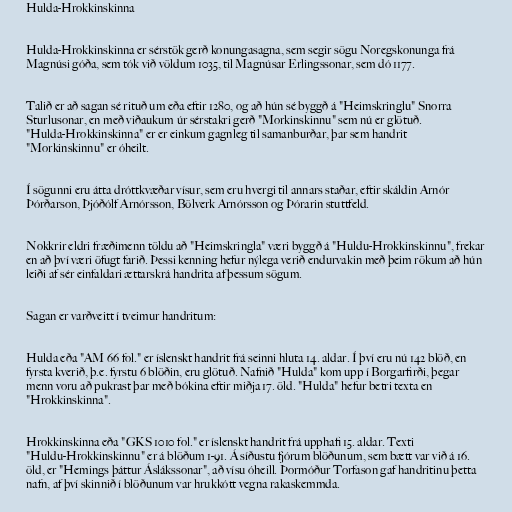
Hulda-Hrokkinskinna

Hulda-Hrokkinskinna er sérstök gerð konungasagna, sem segir sögu Noregskonunga frá
Magnúsi góða, sem tók við völdum 1035, til Magnúsar Erlingssonar, sem dó 1177.

Talið er að sagan sé rituð um eða eftir 1280, og að hún sé byggð á "Heimskringlu" Snorra
Sturlusonar, en með viðaukum úr sérstakri gerð "Morkinskinnu" sem nú er glötuð.
"Hulda-Hrokkinskinna" er er einkum gagnleg til samanburðar, þar sem handrit
"Morkinskinnu" er óheilt.

Í sögunni eru átta dróttkvæðar vísur, sem eru hvergi til annars staðar, eftir skáldin Arnór
Þórðarson, Þjóðólf Arnórsson, Bölverk Arnórsson og Þórarin stuttfeld.

Nokkrir eldri fræðimenn töldu að "Heimskringla" væri byggð á "Huldu-Hrokkinskinnu", frekar
en að því væri öfugt farið. Þessi kenning hefur nýlega verið endurvakin með þeim rökum að hún
leiði af sér einfaldari ættarskrá handrita af þessum sögum.

Sagan er varðveitt í tveimur handritum:

Hulda eða "AM 66 fol." er íslenskt handrit frá seinni hluta 14. aldar. Í því eru nú 142 blöð, en
fyrsta kverið, þ.e. fyrstu 6 blöðin, eru glötuð. Nafnið "Hulda" kom upp í Borgarfirði, þegar
menn voru að pukrast þar með bókina eftir miðja 17. öld. "Hulda" hefur betri texta en
"Hrokkinskinna".

Hrokkinskinna eða "GKS 1010 fol." er íslenskt handrit frá upphafi 15. aldar. Texti
"Huldu-Hrokkinskinnu" er á blöðum 1-91. Á síðustu fjórum blöðunum, sem bætt var við á 16.
öld, er "Hemings þáttur Áslákssonar", að vísu óheill. Þormóður Torfason gaf handritinu þetta
nafn, af því skinnið í blöðunum var hrukkótt vegna rakaskemmda.